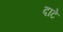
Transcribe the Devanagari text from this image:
दाटे